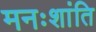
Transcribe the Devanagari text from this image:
मनःशांति